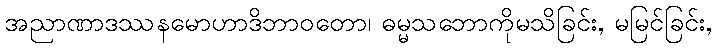
အညာဏာဒဿနမောဟာဒိဘာဝတော၊ ဓမ္မသဘောကိုမသိခြင်း, မမြင်ခြင်း,